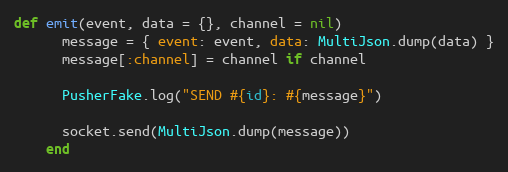
Language: Ruby
def emit(event, data = {}, channel = nil)
      message = { event: event, data: MultiJson.dump(data) }
      message[:channel] = channel if channel

      PusherFake.log("SEND #{id}: #{message}")

      socket.send(MultiJson.dump(message))
    end